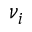
\nu _ { i }